Rangoon Lunatic Asylum 1878-1892 - 1878-1892
Year: 1878
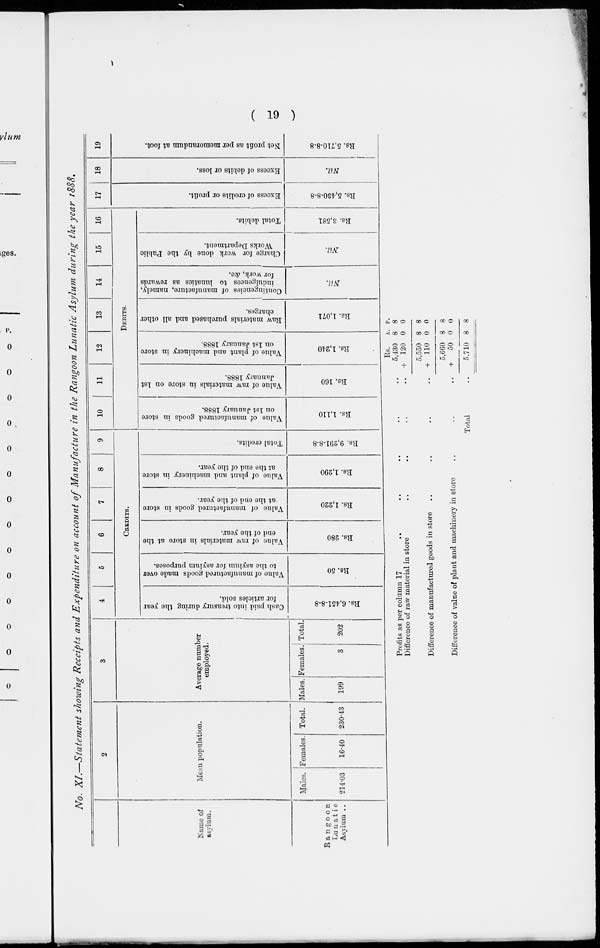
( 19 )
No. XI.—Statement showing Receipts and Expenditure on account of Manufacture in the Rangoon Lunatic Asylum during the year 1888.
Name of
asylum.
Rangoon
Lunatic
Asylum ..
2
Mean population.
Males.
214.03
Females.
16.40
Total.
230.43
3
Average number
employed.
Males.
199
Females.
3
Total.
202
4
5
6
7
8
9
CREDITS.
Cash paid into treasury during the year
for articles sold,
Rs. 6,451-8-8
Value of manufactured goods made over
to the asylum for asylum purposes.
Rs. 50
Value of raw materials in store at the
end of the year.
Rs. 280
Value of manufactured goods in store
at the end of the year.
Rs. 1,220
Value of plant and machinery in store
at the end of the year.
Rs. 1,290
Total credits.
Rs. 9,291-8-8
10
11
12
13
14
15
16
Debits.
Value of manufactured goods in store
on 1st January 1888.
Rs. 1,110
Value of raw materials in store on 1st
January 1888.
Rs. 160
Value of plant and machinery in store
on 1st January 1888.
Rs. 1,240
Raw materials purchased and all other
charges.
Rs. 1,071
Contingencies of manufacture, namely,
indulgences to lunatics as rewards
for work, &c.
Nil.
Charge for work done by the Public
Works Department.
Nil.
Total debits.
Rs. 3,581
17
Excess of credits or profit.
Rs. 5,430-8-8
18
Excess of debits or loss.
Nil.
19
Net profit as per memorandum at foot.
Rs. 5,710-8-8
Profits as per column 17 .. .. .. .. ..
Difference of raw material in store .. .. .. ..
Difference of manufactured goods in store .. .. .. ..
Difference of value of plant and machinery in store .. .. ..
Total ..
Rs.
5,430
+ 120
5,550
+ 110
5,660
+ 50
5,710
A.
8
0
8
0
8
0
8
P.
8
0
8
0
8
0
8